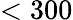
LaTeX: <300